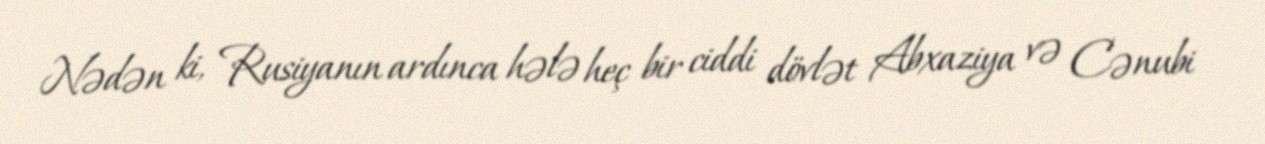
Nədən ki, Rusiyanın ardınca hələ heç bir ciddi dövlət Abxaziya və Cənubi